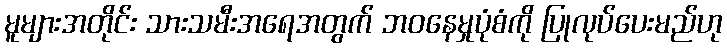
မူများအတိုင်း သားသမီးအရေအတွက် ဘဝနေမှုပုံစံကို ပြုလုပ်ပေးမည်ဟု